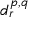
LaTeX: d _ { r } ^ { p , q }